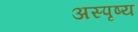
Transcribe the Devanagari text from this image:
अस्पृष्य